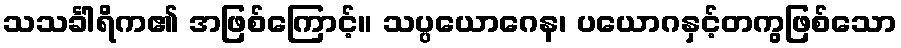
သသင်္ခါရိက၏ အဖြစ်ကြောင့်။ သပ္ပယောဂေန၊ ပယောဂနှင့်တကွဖြစ်သော